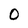
Character: O